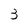
Character: 3